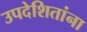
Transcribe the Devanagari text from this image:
उपदेशितांना